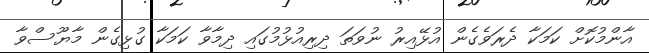
އާންމުކޮށް ކަމަކާ ދެރަވެގެން އުޅޭއިރު ނުވަތަ ދިރިއުޅުމުގައި ދިމާވާ ކަމަކާ ގުޅިގެން މާޔޫސްވާ